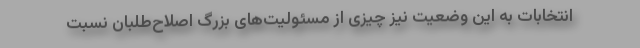
انتخابات به این وضعیت نیز چیزی از مسئولیت‌های بزرگ اصلاح‌طلبان نسبت